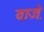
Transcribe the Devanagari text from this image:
वाजे़